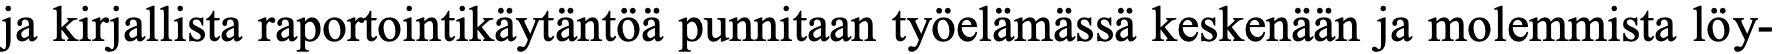
ja kirjallista raportointikäytäntöä punnitaan työelämässä keskenään ja molemmista löy-